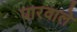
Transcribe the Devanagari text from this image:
पारवाले